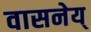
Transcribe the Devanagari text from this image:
वासनेय्